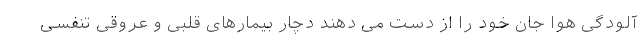
آلودگی هوا جان خود را از دست می دهند دچار بیمارهای قلبی و عروقی تنفسی